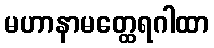
မဟာနာမတ္ထေရဂါထာ